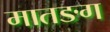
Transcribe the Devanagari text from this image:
मातङग